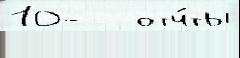
10-   отч́ты